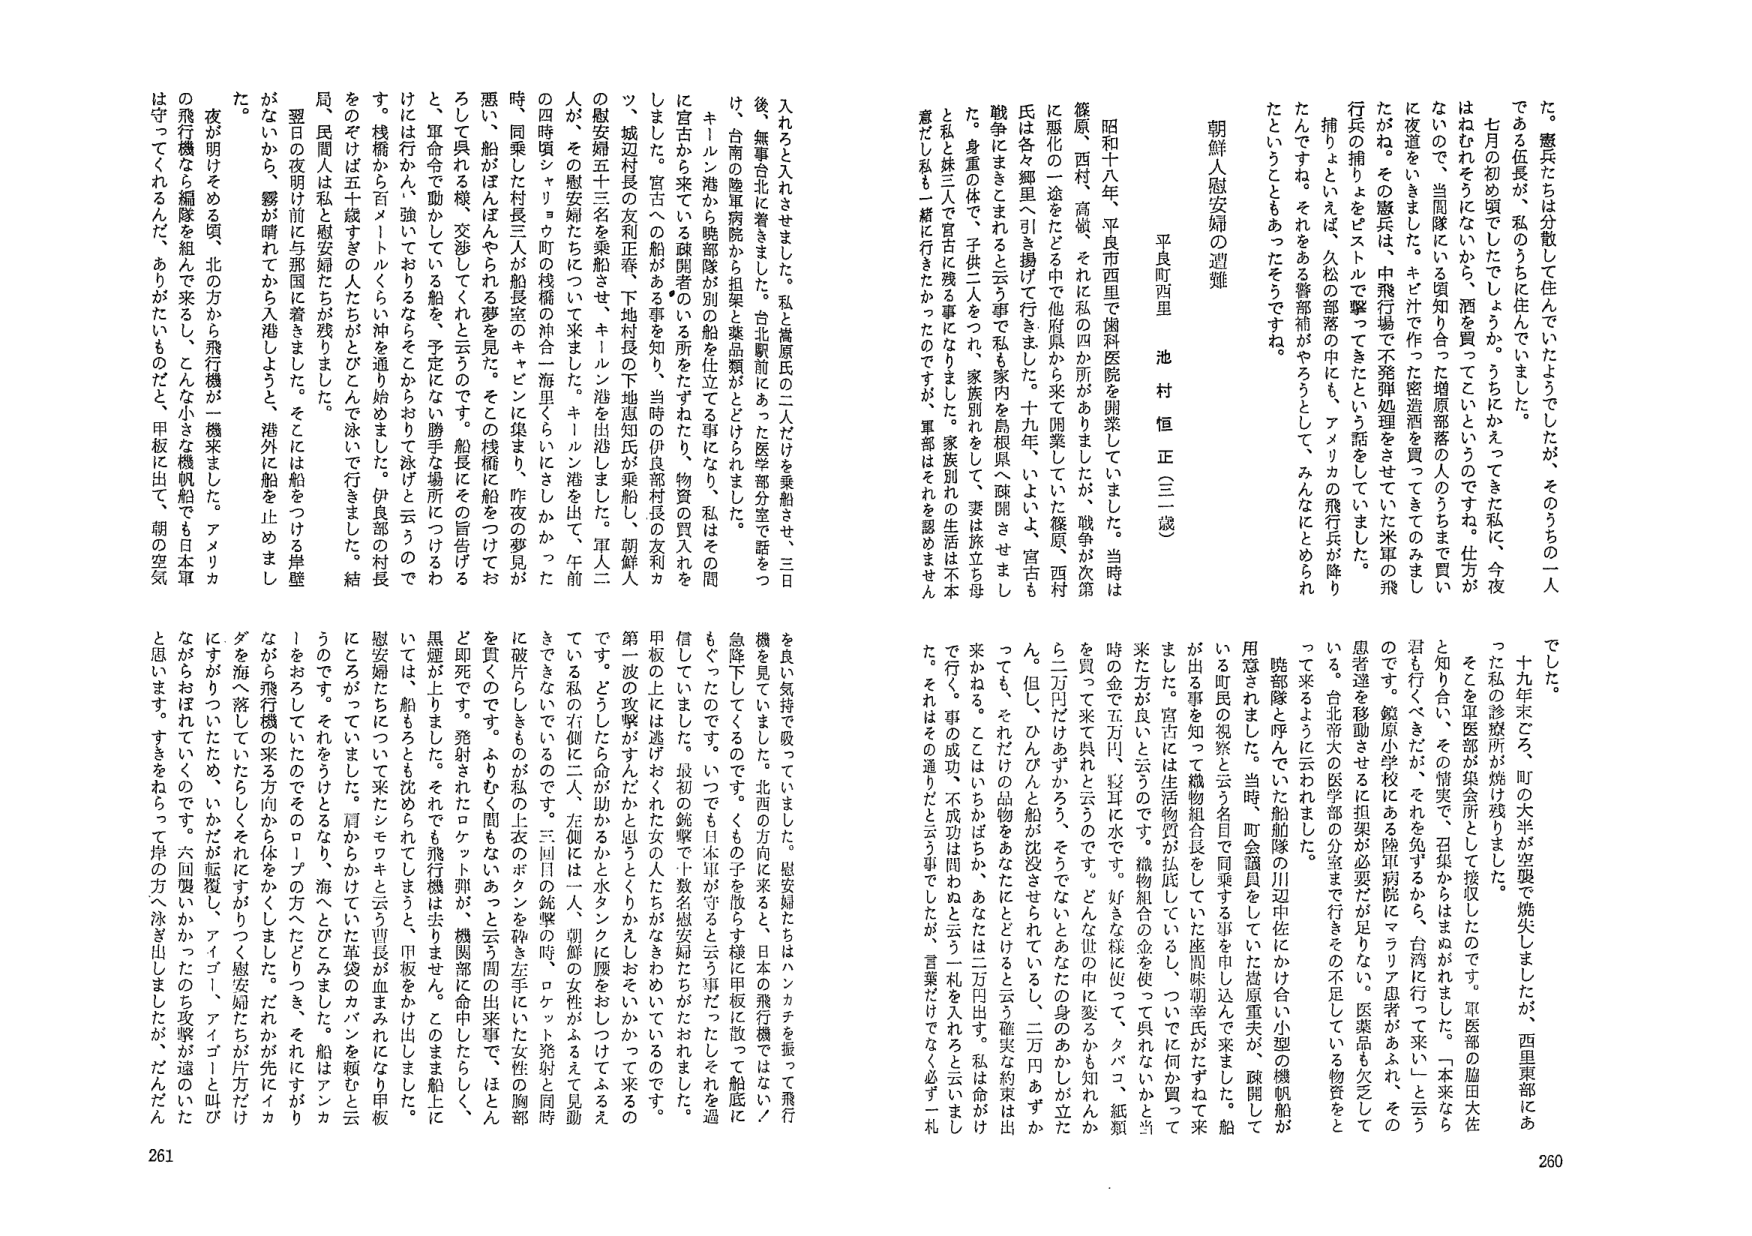
朝鮮人慰安婦の遭難
平良町西里 池村恒正（三二歳）

昭和十八年、平良市西里で歯科医院を開業していました。当時は篠原西村高嶺、それに私の四か所がありましたか、戦争が次第に悪化の一途をたどる中で他府県から来て開業していた篠原西村氏は各々郷里へ引き揚げて行きました。十九年、いよいよ、宮古も戦争にまきこまれると言う事で私も家内を島根県へ疎開させました。身重の体で、子供二人をつれ、家族別れをして妻は旅立ち母と私と妹三人で宮古に残る事になりました。家族別れの生活は不本意だし私も一緒に行きたかったのですが、軍部はそれを認めませんでした。

後、無事台北に着きました。台北駅前にあった医学部分室で話をつけて、台湾の陸軍病院から担架と薬品類がとどけられました。キールン港から臨部隊が別の船を仕立てる事になり、私はその間に宮古から来ている疎開者のいる所をたずねたり、物資の買入れをしました。宮古への船がある事を知り、当時の伊良部村長の友利カツ、城辺村長の友利正春、下地村長の下地恵知氏が乗船し、朝鮮人の慰安婦五十三名を乗船させ、キールン港を出港しました。軍人二人が、その慰安婦たちに来ました。キールン港を出て、午前の四時頃、シャリョウ町の浅瀬の沖合一海里くらいにさしかかった時、同乗した村長三人が船長室のキャンに集まり、昨夜の夢見が悪い、船がぼんぼんやられる夢を見た。そこの浅瀬に船をつけておろして呉れる様、交渉して、れと云うのです。船長にその旨告げる と、軍命令で動かしている船を、予定にはない勝手な場所につけるわけには行かん、強いておるならそこからおより泳げと云うのです。桟橋から百メートルくらい沖を通り始めました。伊良部の村長を、ぞれは五十歳すぎの人たちがとびこんで泳いで行きました。結局、民間人は私と慰安婦たちが残りました。

翌日の夜明け前に与那国に着きました。そこには船をつける岸壁がないから、霧が晴れてから入港しようと、港外に船を止めました。

夜が明けをめる頃、北の方から飛行機が一機来ました。アメリカの飛行機なら編隊を組んで来るし、こんな小さな機帆船でも日本軍は守ってくれるんだ、ありがたいものだと、甲板に出て、朝の空気を良い気持で吸っていました。慰安婦たちはハンカチを振って飛行機を見ています。台北の方向に来るとき、日本の飛行機ではない／急降下してくるのです。くもの子を散らす様に甲板に散って船底にもぐったのです。いつでも日本軍が守ると云う軍だったしそれを過信していました。最初の銃撃で十数名慰安婦たちがたおれました。甲板の上には逃げおくれた女の人たちがなきわめいているのです。第一波の攻撃がすんだかと思うとくりかえしおそいかかって来るのです。どうしたら命が助かるかと水タンクに腰をおしつけてる動いている私の右側に二人、左側には一人、朝鮮の女性がふるえて見動きできないでいるのです。三回目の銃撃の時、ロケット発射と同時に破片がしきもののが私の上衣のボタンを砕き左手にいた女性の胸部を貫くのです。ふりむく間もないと云う間の出来事で、ほとんど即死です。発射されたロケット弾が、機関部に命中したらしく、黒煙が上りました。それでも飛行機は去りません。このまま船上にいては、船もろとも沈められてしまうと、甲板をかげ出しました。慰安婦たちについて来たシモウキと云う曹長が皿まみれになり甲板にころがっていいました。肩からかげて生戦のカバンを頼もと云うのです。それを行うたとなく、海へとびこみました。船はアンカーロープをおりしていたのでそのロープの方へたどりつき、それにすがりながら飛行機の来る方向から体をかくしました。だれかが先にイカダを海へ落としていたらしくそれにすがりつつ慰安婦たちが片方だけにすがりついたため、いかだが転覆し、アイゴー、アイゴーと叫びながらおぼれていくのです。六回襲いかかったのち攻撃が遠のいたと思います。すきをねらって岸の方へ泳き出しましたが、だんだん

でした。

十九年末ごろ、町の大半が空襲で焼失しましたが、西里東部にあった私の診療所が焼け残りました。そこを軍医部が集会所として接収したのです。軍医部の脇田大佐と知り合い、その前実で、召集からはまぬがれました。「本来なら君を行くべきだが、それを免ずるから、台湾に行って来い」と云うのです。鏡原小学校にある陸軍病院にマラリア患者もあふれ、その患者達を移動させるに担架が必要だが足りない。医薬品も欠乏している。台北市大の医学部の分室まで行きその不足している物資をとっている。

暁部隊と呼んでいた船舶隊の川辺中佐にかけ合い小型の機帆船が用意されました。当時、町会議員をしていた嵩原重夫が、疎開している町民の視察と云う名目で同乗する事を申し込んで来ました。船が出る事を知って織物組合長をしていた座間味朝幸氏がたずねて来ました。宮古には生活物資が払底しているし、ついでに何か買って来た方が良いと云うのです。織物組合の金を使って、呉れ、紙類を買って来て呉れ、と云うのです。好きな様に使って、クバ、紙類を買って来て呉れ、と云うのです。どんな世の中になるかも知れんから二万円だけあずかろう、そうでないとあなたの身のあかしが立たん。但し、ひんびんと船が沈没させられているし、二万円あずかっても、それだけの品物をあなたにとどけると云う確実な約束は出来かねる。ここはいかばちか、あなたは二万円出す。私は命がけで行く。事の成功、不成功は問わぬと云う一札を入れる。私と云いまし た。それはその通りだと云う事でしたが、言葉だけではなく必ず一札